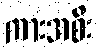
ကားအစီး